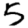
Digit: 5